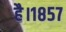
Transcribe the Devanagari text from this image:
है।१८५७